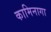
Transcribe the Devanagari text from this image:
कामिनागा